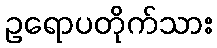
ဥရောပတိုက်သား